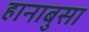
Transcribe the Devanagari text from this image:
हानाबुसा